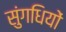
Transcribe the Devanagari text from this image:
सुंगधियों